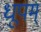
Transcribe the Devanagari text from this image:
धूपम्‌